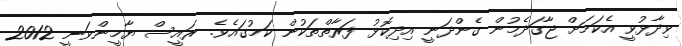
ވިދާޅުވީ އެކަމަށް ޖާގަދެމުން ގެންދަނީ އިދިކޮޅު ފަރާތްތަކުން ކަމުގައެވެ. ރައީސް ޔާމީންވަނީ 2012